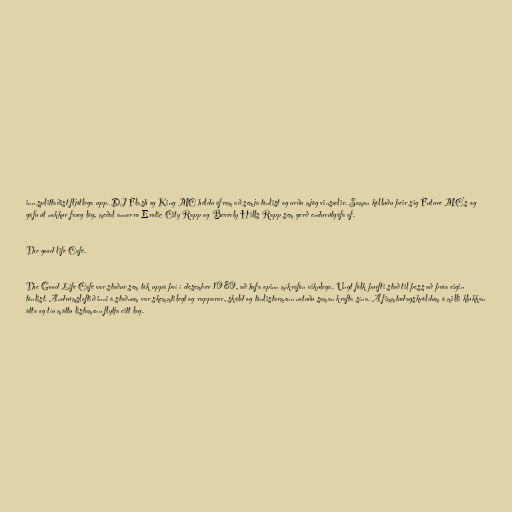
inn splittaðist fljótlega upp. DJ Flash og King MC héldu áfram að semja tónlist og urðu mjög vinsælir. Saman kölluðu þeir sig Future MC's og
gáfu út nokkur fræg lög, meðal annarra Erotic City Rapp og Beverly Hills Rapp sem gerð endurútgáfa af.

The good life Café.

The Good Life Café var staður sem tók uppá því í desember 1989, að hafa opinn míkrafón vikulega. Ungt fólk þurfti stað til þess að þróa eigin
tónlist. Andrúmsloftið inni á staðnum var skemmtilegt og rapparar, skáld og tónlistarmenn notuðu saman krafta sína. Á fimmtudagskvöldum á milli klukkan
átta og tíu máttu listamenn flytja eitt lag.